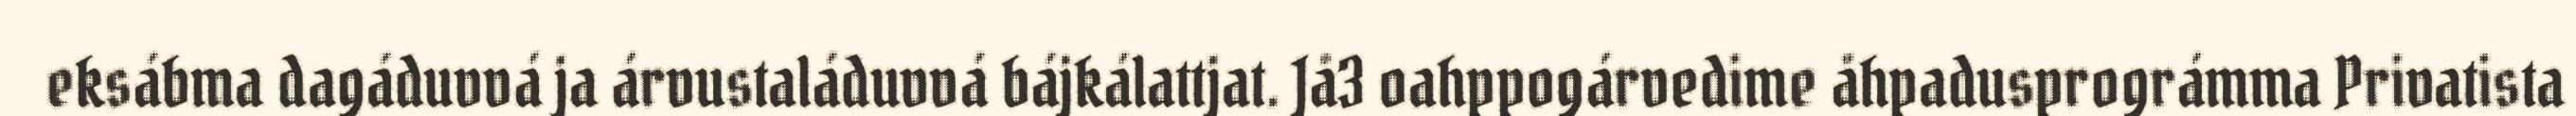
eksábma dagáduvvá ja árvustaláduvvá bájkálattjat. Jå3 oahppogárvedime åhpadusprográmma Privatista